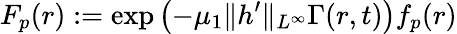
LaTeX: F_{p}(r):=\exp\left(-\mu_{1}\| h^{\prime}\| _{L^{\infty}}\Gamma(r,t)\right)f_{p}(r)